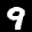
Label: 9